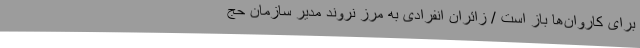
برای کاروان‌ها باز است / زائران انفرادی به مرز نروند مدیر سازمان حج